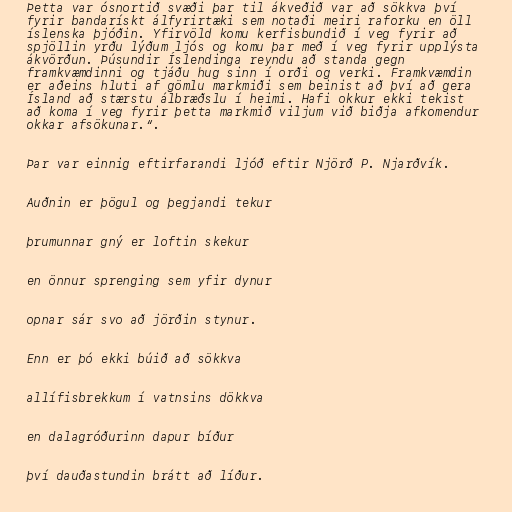
Þetta var ósnortið svæði þar til ákveðið var að sökkva því
fyrir bandarískt álfyrirtæki sem notaði meiri raforku en öll
íslenska þjóðin. Yfirvöld komu kerfisbundið í veg fyrir að
spjöllin yrðu lýðum ljós og komu þar með í veg fyrir upplýsta
ákvörðun. Þúsundir Íslendinga reyndu að standa gegn
framkvæmdinni og tjáðu hug sinn í orði og verki. Framkvæmdin
er aðeins hluti af gömlu markmiði sem beinist að því að gera
Ísland að stærstu álbræðslu í heimi. Hafi okkur ekki tekist
að koma í veg fyrir þetta markmið viljum við biðja afkomendur
okkar afsökunar.“.

Þar var einnig eftirfarandi ljóð eftir Njörð P. Njarðvík.

Auðnin er þögul og þegjandi tekur

þrumunnar gný er loftin skekur

en önnur sprenging sem yfir dynur

opnar sár svo að jörðin stynur.

Enn er þó ekki búið að sökkva

allífisbrekkum í vatnsins dökkva

en dalagróðurinn dapur bíður

því dauðastundin brátt að líður.